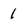
Character: 1